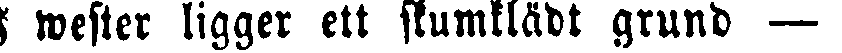
I wester ligger ett skumtlädt grund —